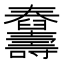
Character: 𦦾